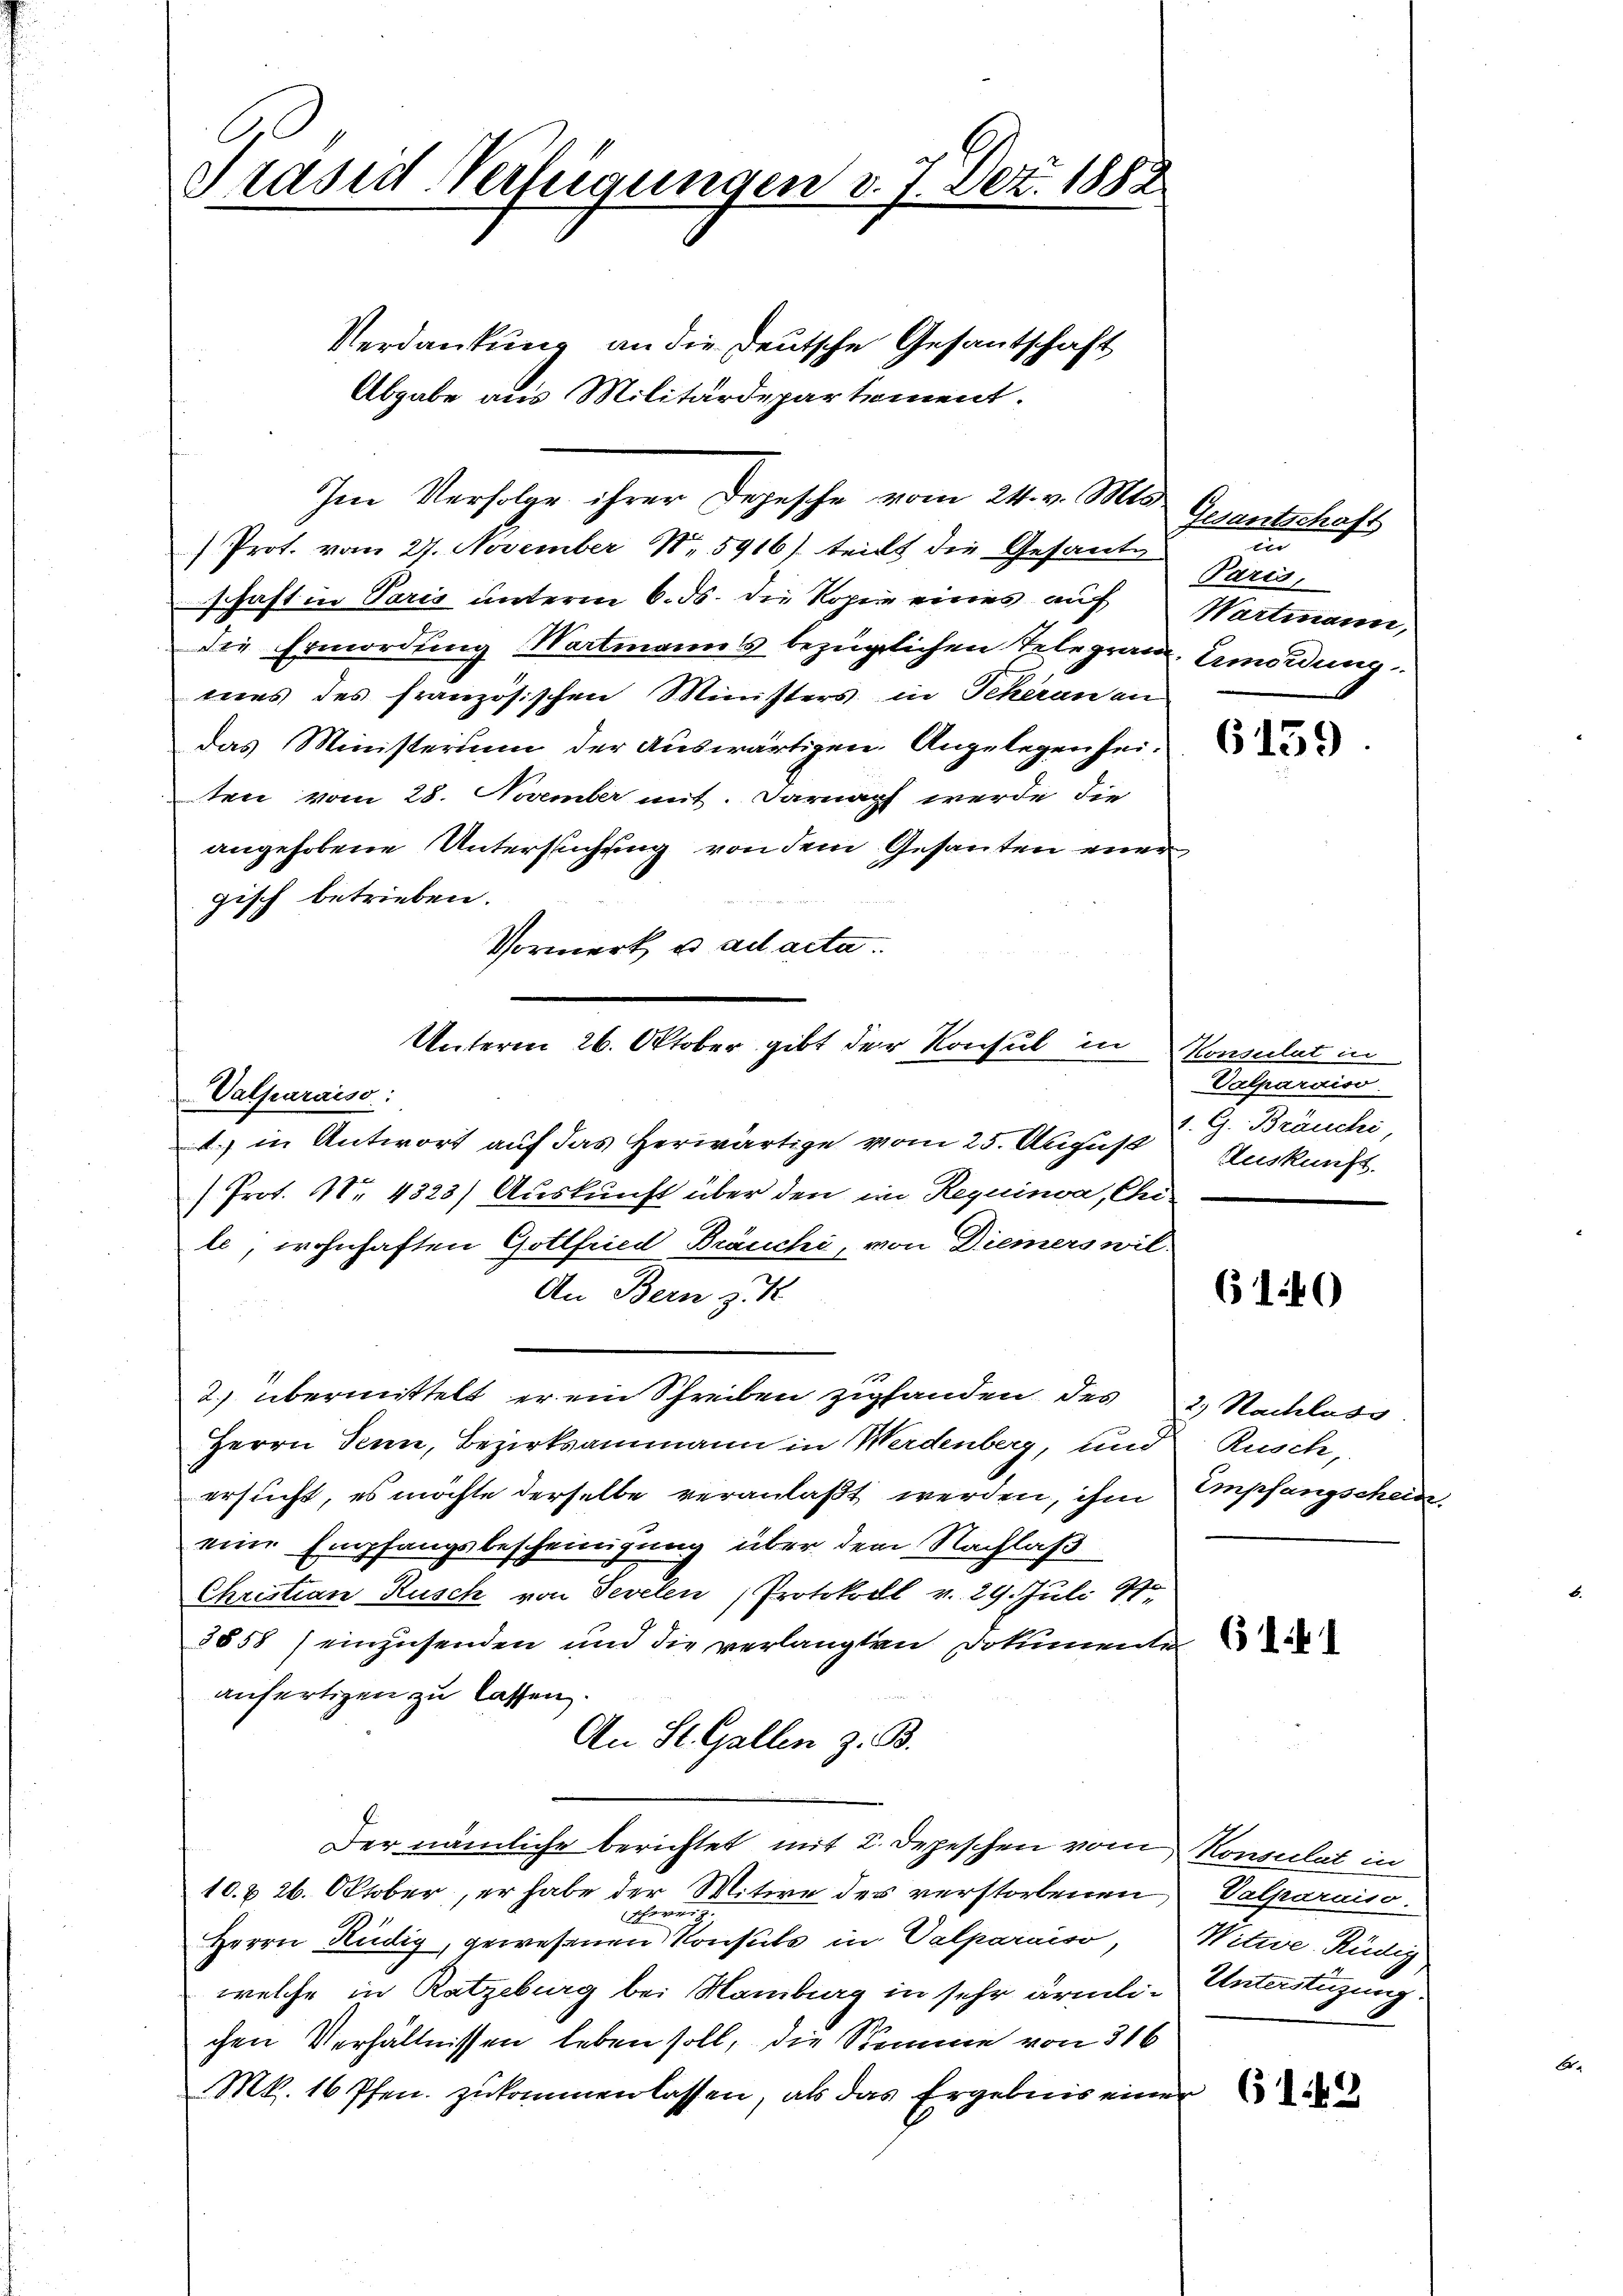
Präsid Verfügungen v. 7. Dez. 1882

Verdankung an die Deutsche Gesantschaft
Abgabe aus Militärdepartement.

Im Verfolge ihrer Depesche vom 24. v. Mts.

Prot. vom 27. November Nr 5916) teilt die Gesant
schaft in Varis unterm 6. ds. die Kopei eines auf Wartmann,
die Ermordung Wartmanns bezüglichen Telegramm. Amordung
mes des französischen Ministers in Scheran an
das Ministerium der Auswärtigen Angelegen sei.
ten vom 28. November mit. Darnach werde die
angehobene Untersuchung von dem Gesanten einer
gisch betrieben.
Vormerk u. ad acta.
Vatparaiso:
1.) in Antwort auf das Herwärtige vom 25. August
(Prot. Nr. 4323) Auskunft über den im Requinva, Chei-
le, wohnhaften Gottfried Bräuchi, von Diemers wil¬
An Bern z.
2. übermittelt er ein Schreiben zufanden des 2. Nachloss
Herrn Senn, Bezirksammann in Werdenberg, und Rusch,
ersucht, es möchte derselbe veranlaßt werden, ihm Empfangschein
eine Empfangsbescheinigung über dem Nachlaß
Christian Rusch von Sevelen Protokoll v. 29. Juli 18
5858 einzusenden und die verlangten Dokumenti
anfertigen zu lassen.
An St. Gallen z. B.
Der nämliche berichtet mit 2. Depeschen vom Konsulat in
10. & 26. Oktober, er habe der Witwe des verstorbenen Valparniso.
schwei
Herrn Rüdig, gewesenen Konsuls in Valparniso, Witwe. Rüdig
welche in Ratzeburg bei Nambag in sehr ärmli-Unterstüzung
chen Verhältnissen leben soll, die Summe von 316
Mk. 16 Pfen. zukommen lassen, als das Ergebnis einer

Unterm 26. Oktober gibt der Konsul in

Gesantschaft
an
Paris,

6159

Konsulat in
Valparaiso
1. G. Bräuchi,
Auskunft.

6140

(141

6149